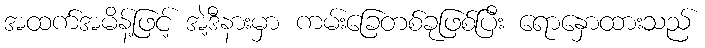
အထက်အမိန့်ဖြင့် အဲ့ဒီနားမှာ ကမ်းခြေတစ်ခုဖြစ်ပြီး ရောနှောထားသည်